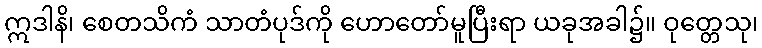
ဣဒါနိ၊ စေတသိကံ သာတံပုဒ်ကို ဟောတော်မူပြီးရာ ယခုအခါ၌။ ဝုတ္တေသု၊